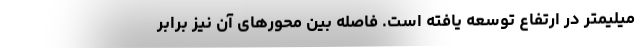
میلیمتر در ارتفاع توسعه یافته است. فاصله بین محورهای آن نیز برابر